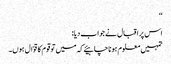
‘‘
اس پر اقبال نے جواب دیا:
تمہیں معلوم ہونا چاہیئے کہ میں تو قوم کا قوّال ہوں۔